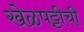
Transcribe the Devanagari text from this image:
खेळपट्टीची